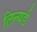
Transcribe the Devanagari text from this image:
लिन्यर्ड